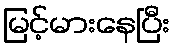
မြင့်မားနေပြီး